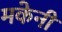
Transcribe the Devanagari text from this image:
मकेनी